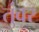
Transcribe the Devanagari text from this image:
तुंवर्